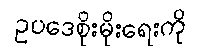
ဥပဒေစိုးမိုးရေးကို